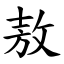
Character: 敖